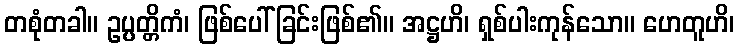
တစုံတခါ။ ဥပ္ပတ္တိကံ၊ ဖြစ်ပေါ်ခြင်းဖြစ်၏။ အဋ္ဌဟိ၊ ရှစ်ပါးကုန်သော။ ဟေတူဟိ၊